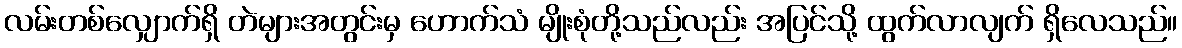
လမ်းတစ်လျှောက်ရှိ တဲများအတွင်းမှ ဟောက်သံ မျိုးစုံတို့သည်လည်း အပြင်သို့ ထွက်လာလျက် ရှိလေသည်။